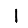
Digit: 1